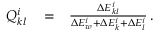
\begin{array} { r l r } { Q _ { k l } ^ { i } } & { { } = } & { \frac { \Delta E _ { k l } ^ { i } } { \Delta E _ { w } ^ { i } + \Delta E _ { k } ^ { i } + \Delta E _ { l } ^ { i } } \, . } \end{array}